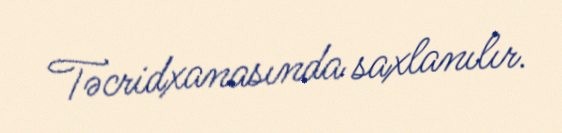
Təcridxanasında saxlanılır.